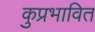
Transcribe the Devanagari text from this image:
कुप्रभावित